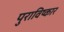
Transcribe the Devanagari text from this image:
पुराविष्कार